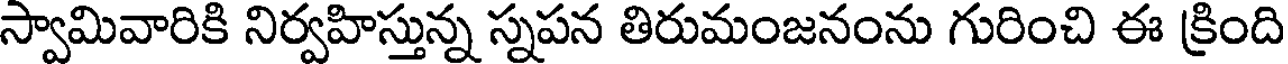
స్వామివారికి నిర్వహిస్తున్న స్నపన తిరుమంజనంను గురించి ఈ క్రింది